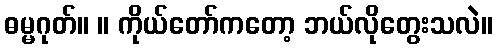
ဓမ္မဂုတ်။ ။ ကိုယ်တော်ကတော့ ဘယ်လိုတွေးသလဲ။